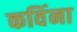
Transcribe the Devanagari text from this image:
कविंना